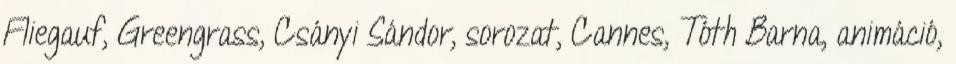
Fliegauf, Greengrass, Csányi Sándor, sorozat, Cannes, Tóth Barna, animáció,